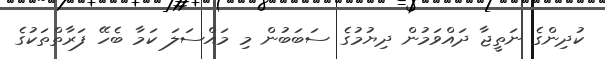
ކުދިންގެ ނަތީޖާ ދައްވަމުން ދިޔުމުގެ ސަބަބުން މި މައްސަލަ ކަމާ ބެހޭ ފަރާތްތަކުގެ